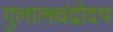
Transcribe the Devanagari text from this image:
गुलालचंद्रोदय